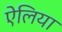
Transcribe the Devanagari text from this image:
ऐंलिया